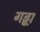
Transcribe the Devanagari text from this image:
गड्ढा़